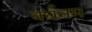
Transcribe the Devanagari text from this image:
वर्धनम